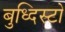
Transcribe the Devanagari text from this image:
बुध्दिस्टो